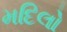
મદિલો